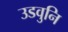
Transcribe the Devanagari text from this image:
उडवुनि